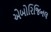
એબોરિજિનલ